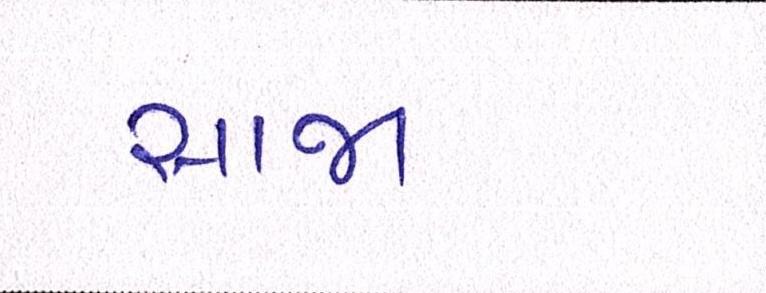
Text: સાજા